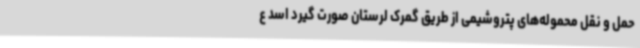
حمل و نقل محموله‌های پتروشیمی از طریق گمرک لرستان صورت گیرد اسد ع